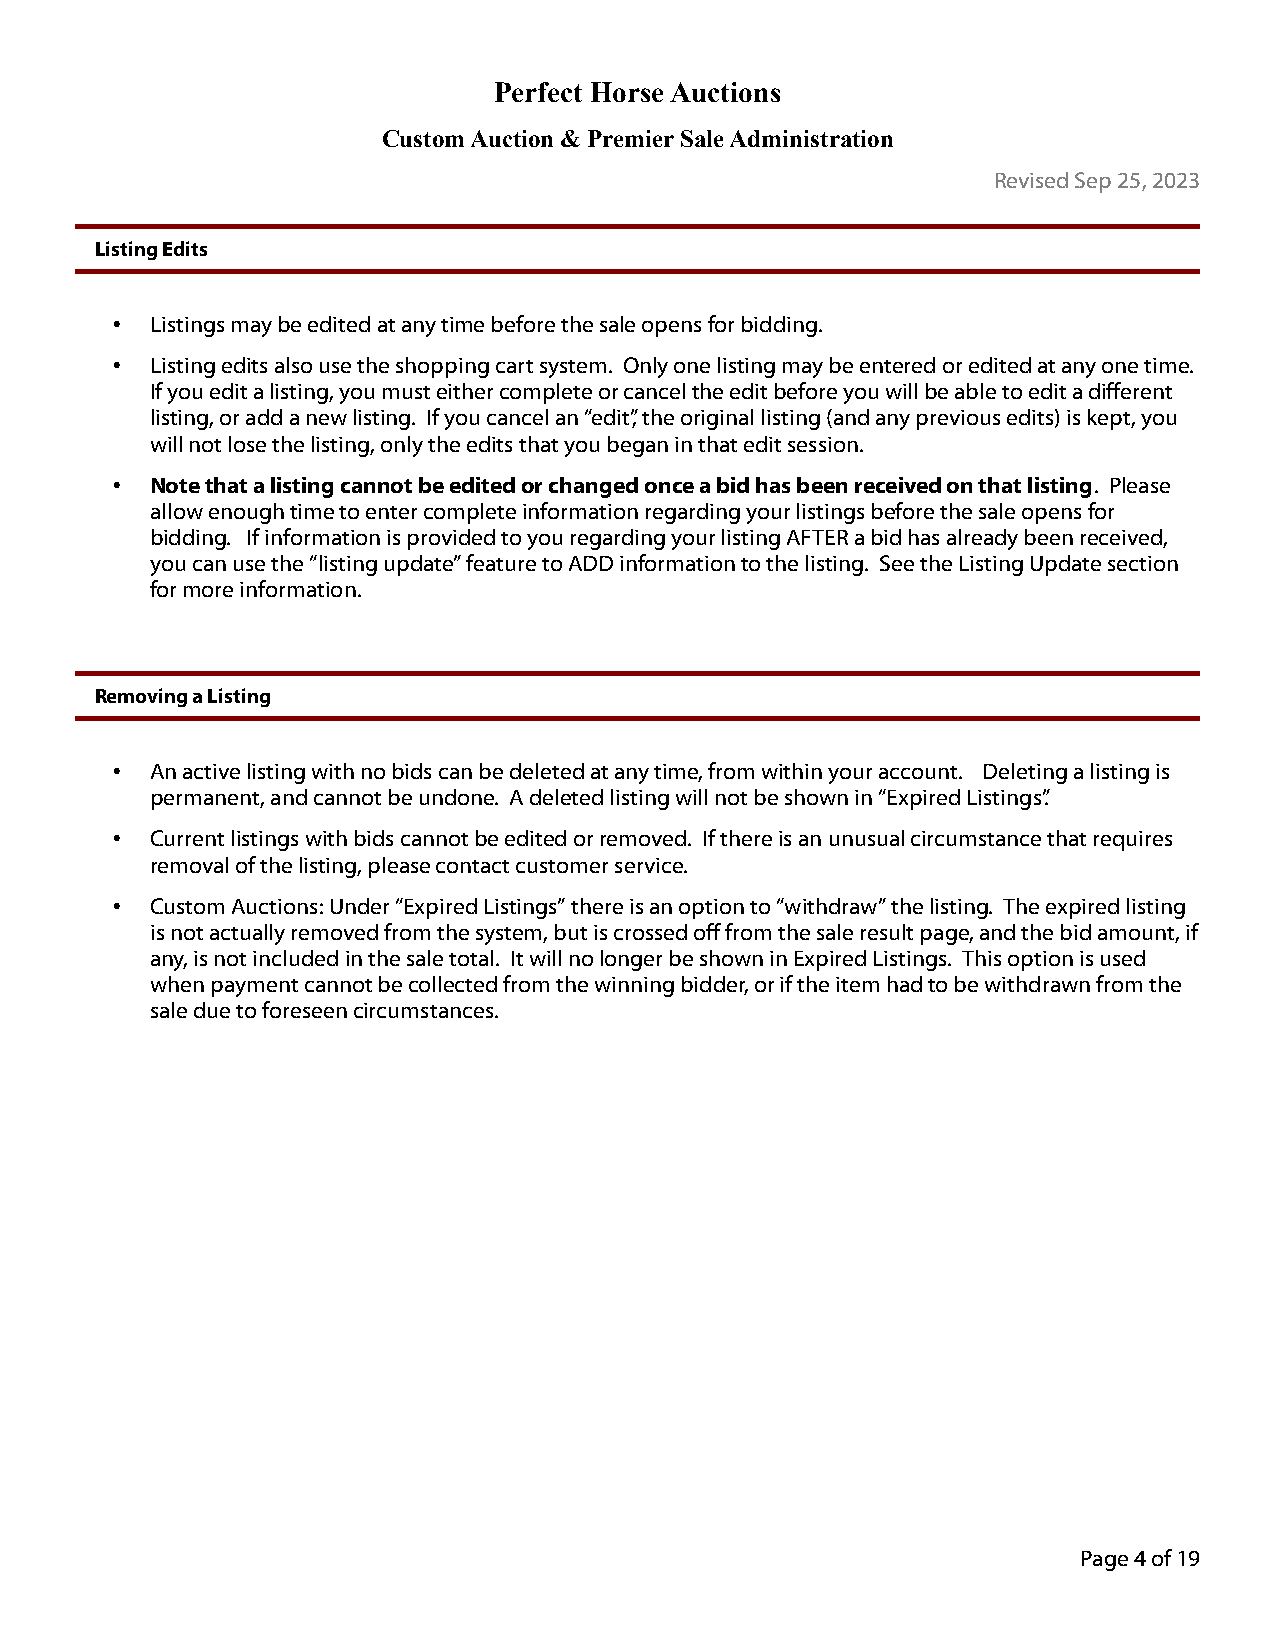
Perfect Horse Auctions
 Custom Auction & Premier Sale Administration
 Revised Sep 25, 2023
 Listing Edits
 •  Listings may be edited at any time before the sale opens for bidding.
 •  Listing edits also use the shopping cart system. Only one listing may be entered or edited at any one time.
 If you edit a listing, you must either complete or cancel the edit before you will be able to edit a different
 listing, or add a new listing. If you cancel an “edit”, the original listing (and any previous edits) is kept, you
 will not lose the listing, only the edits that you began in that edit session.
 •  Note that a listing cannot be edited or changed once a bid has been received on that listing. Please
 allow enough time to enter complete information regarding your listings before the sale opens for
 bidding. If information is provided to you regarding your listing AFTER a bid has already been received,
 you can use the “listing update” feature to ADD information to the listing. See the Listing Update section
 for more information.
 Removing a Listing
 •  An active listing with no bids can be deleted at any time, from within your account. Deleting a listing is
 permanent, and cannot be undone. A deleted listing will not be shown in “Expired Listings”.
 •  Current listings with bids cannot be edited or removed. If there is an unusual circumstance that requires
 removal of the listing, please contact customer service.
 •  Custom Auctions: Under “Expired Listings” there is an option to “withdraw” the listing. The expired listing
 is not actually removed from the system, but is crossed off from the sale result page, and the bid amount, if
 any, is not included in the sale total. It will no longer be shown in Expired Listings. This option is used
 when payment cannot be collected from the winning bidder, or if the item had to be withdrawn from the
 sale due to foreseen circumstances.
 Page 4 of 19